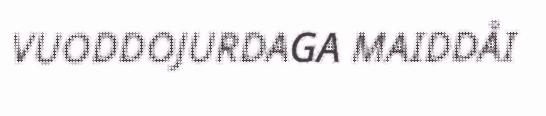
VUODDOJURDAGA MAIDDÅI